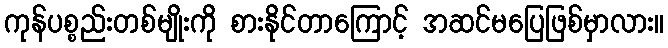
ကုန်ပစ္စည်းတစ်မျိုးကို စားနိုင်တာကြောင့် အဆင်မပြေဖြစ်မှာလား။